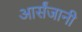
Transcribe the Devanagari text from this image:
आर्संजानी